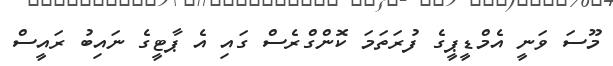
މޫސަ ވަނީ އެމްޑީޕީގެ ފުރަތަމަ ކޮންގްރެސް ގައި އެ ޕާޓީގެ ނައިބު ރައީސް